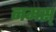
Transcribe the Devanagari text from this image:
नमस्‌